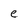
Character: e